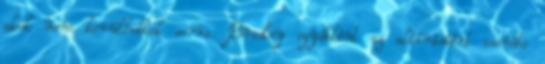
akik nem kerülhettek sorra. Bradley egyébként az aláírásáért cserébe